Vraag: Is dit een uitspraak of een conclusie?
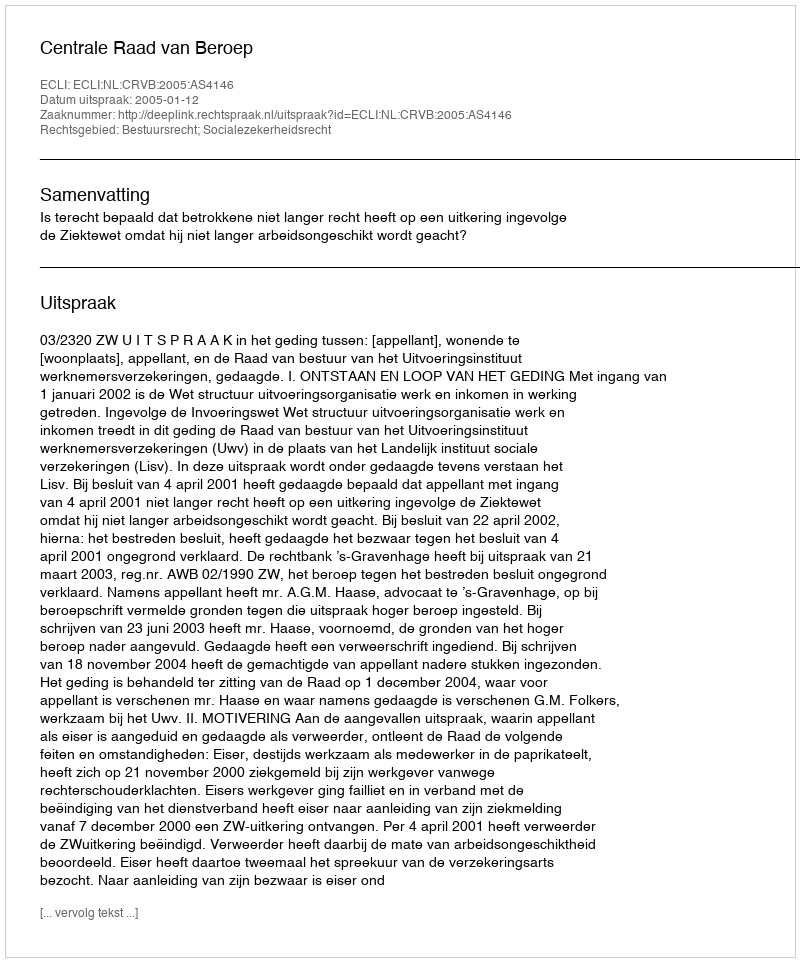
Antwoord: Uitspraak